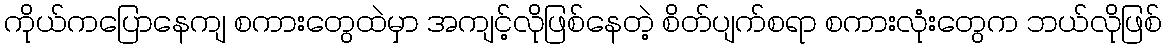
ကိုယ်ကပြောနေကျ စကားတွေထဲမှာ အကျင့်လိုဖြစ်နေတဲ့ စိတ်ပျက်စရာ စကားလုံးတွေက ဘယ်လိုဖြစ်